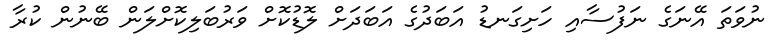
ނުވަތަ އޭނަގެ ނަފުސާއި ހަށިގަނޑު އަބަދުގެ އަބަދަށް ލޮޑުކޮށް ވަރުބަލިކޮށްލަން ބޭނުން ކުރާ